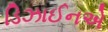
ડિઝાઈનએ